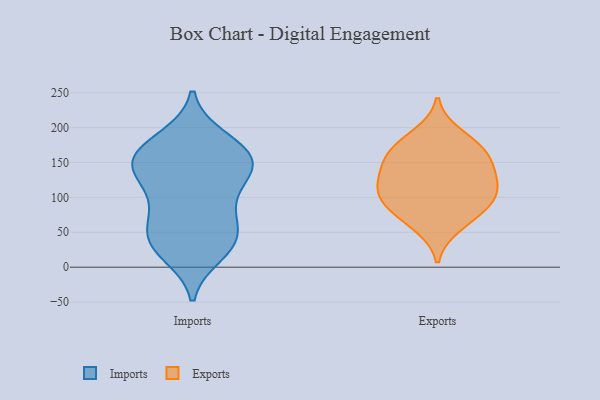
{"axis": {"x": "Tickets Resolved", "y": "Value"}, "legend": ["Exports", "Imports"], "data": [{"x": "", "y": 139, "type": "Imports"}, {"x": "", "y": 139, "type": "Imports"}, {"x": "", "y": 185, "type": "Imports"}, {"x": "", "y": 19, "type": "Imports"}, {"x": "", "y": 139, "type": "Imports"}, {"x": "", "y": 127, "type": "Imports"}, {"x": "", "y": 157, "type": "Imports"}, {"x": "", "y": 160, "type": "Imports"}, {"x": "", "y": 35, "type": "Imports"}, {"x": "", "y": 182, "type": "Imports"}, {"x": "", "y": 157, "type": "Imports"}, {"x": "", "y": 84, "type": "Imports"}, {"x": "", "y": 35, "type": "Imports"}, {"x": "", "y": 78, "type": "Imports"}, {"x": "", "y": 159, "type": "Imports"}, {"x": "", "y": 27, "type": "Imports"}, {"x": "", "y": 48, "type": "Imports"}, {"x": "", "y": 101, "type": "Imports"}, {"x": "", "y": 55, "type": "Imports"}, {"x": "", "y": 140, "type": "Exports"}, {"x": "", "y": 58, "type": "Exports"}, {"x": "", "y": 96, "type": "Exports"}, {"x": "", "y": 162, "type": "Exports"}, {"x": "", "y": 74, "type": "Exports"}, {"x": "", "y": 167, "type": "Exports"}, {"x": "", "y": 191, "type": "Exports"}, {"x": "", "y": 132, "type": "Exports"}, {"x": "", "y": 127, "type": "Exports"}, {"x": "", "y": 113, "type": "Exports"}, {"x": "", "y": 93, "type": "Exports"}, {"x": "", "y": 169, "type": "Exports"}, {"x": "", "y": 99, "type": "Exports"}]}